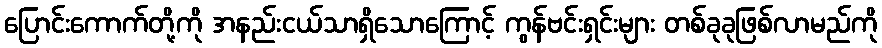
ပြောင်းကောက်တို့ကို အနည်းငယ်သာရှိသောကြောင့် ကွန်ဗင်းရှင်းများ တစ်ခုခုဖြစ်လာမည်ကို